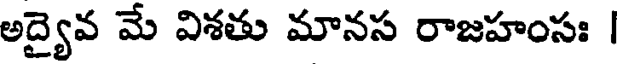
అద్యైవ మే విశతు మానస రాజహంసః |